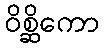
ဝိစ္ဆိကော